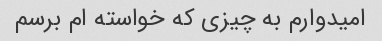
امیدوارم به چیزی که خواسته ام برسم